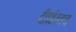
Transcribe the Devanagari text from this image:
दीर्घान्तच